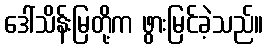
ဒေါ်သိန်းမြတို့က ဖွားမြင်ခဲ့သည်။